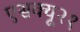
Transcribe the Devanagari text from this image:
एसक्यू२१